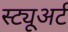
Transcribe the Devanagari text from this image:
स्ट्यूअर्ट